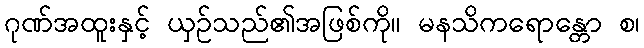
ဂုဏ်အထူးနှင့် ယှဉ်သည်၏အဖြစ်ကို။ မနသိကရောန္တော စ၊